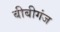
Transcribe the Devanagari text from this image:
बीबीगंज